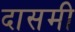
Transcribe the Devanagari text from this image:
दासमी